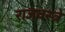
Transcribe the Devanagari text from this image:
राजवस्त्रे